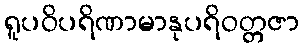
ရူပဝိပရိဏာမာနုပရိဝတ္တဇာ